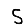
Digit: 5